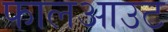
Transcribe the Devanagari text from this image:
फालआउट